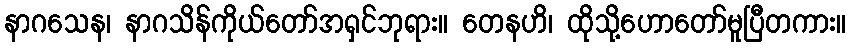
နာဂသေန၊ နာဂသိန်ကိုယ်တော်အရှင်ဘုရား။ တေနဟိ၊ ထိုသို့ဟောတော်မူပြီတကား။